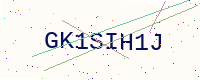
Text: GK1SIH1J